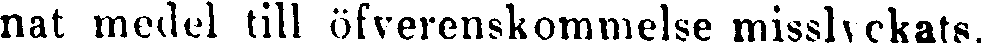
nat medel till öfverenskommelse misslyckats.